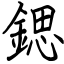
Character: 鍶